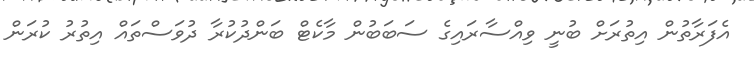
އެފަރާތުން އިތުރަށް ބުނީ ވިއްސާރައިގެ ސަބަބުން މާކެޓް ބަންދުކުރާ ދުވަސްތައް އިތުރު ކުރަން